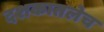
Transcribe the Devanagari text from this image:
दशकातलेच